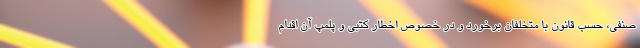
صنفی، حسب قانون با متخلفان برخورد و در خصوص اخطار کتبی و پلمپ آن اقدام